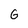
Character: G